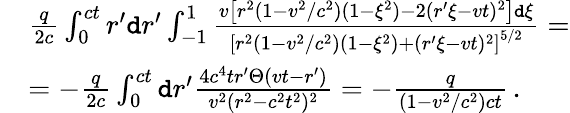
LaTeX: \begin{array}{rl}&{\frac{q}{2c}\int_{0}^{ct}r^{\prime}\mathtt{d}r^{\prime}\int_{-1}^{1}\frac{v\left[r^{2}(1-v^{2}/c^{2})(1-\xi^{2})-2(r^{\prime}\xi-vt)^{2}\right]\mathtt{d}\xi}{\left[r^{2}(1-v^{2}/c^{2})(1-\xi^{2})+(r^{\prime}\xi-vt)^{2}\right]^{5/2}}=}\\ &{=-\frac{q}{2c}\int_{0}^{ct}\mathtt{d}r^{\prime}\frac{4c^{4}tr^{\prime}\Theta(vt-r^{\prime})}{v^{2}(r^{2}-c^{2}t^{2})^{2}}=-\frac{q}{\left(1-{v^{2}}/{c^{2}}\right)ct}\, .}\end{array}